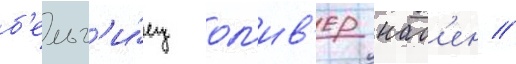
б'ельг'и́ец ол'ив'ер нас'ен //